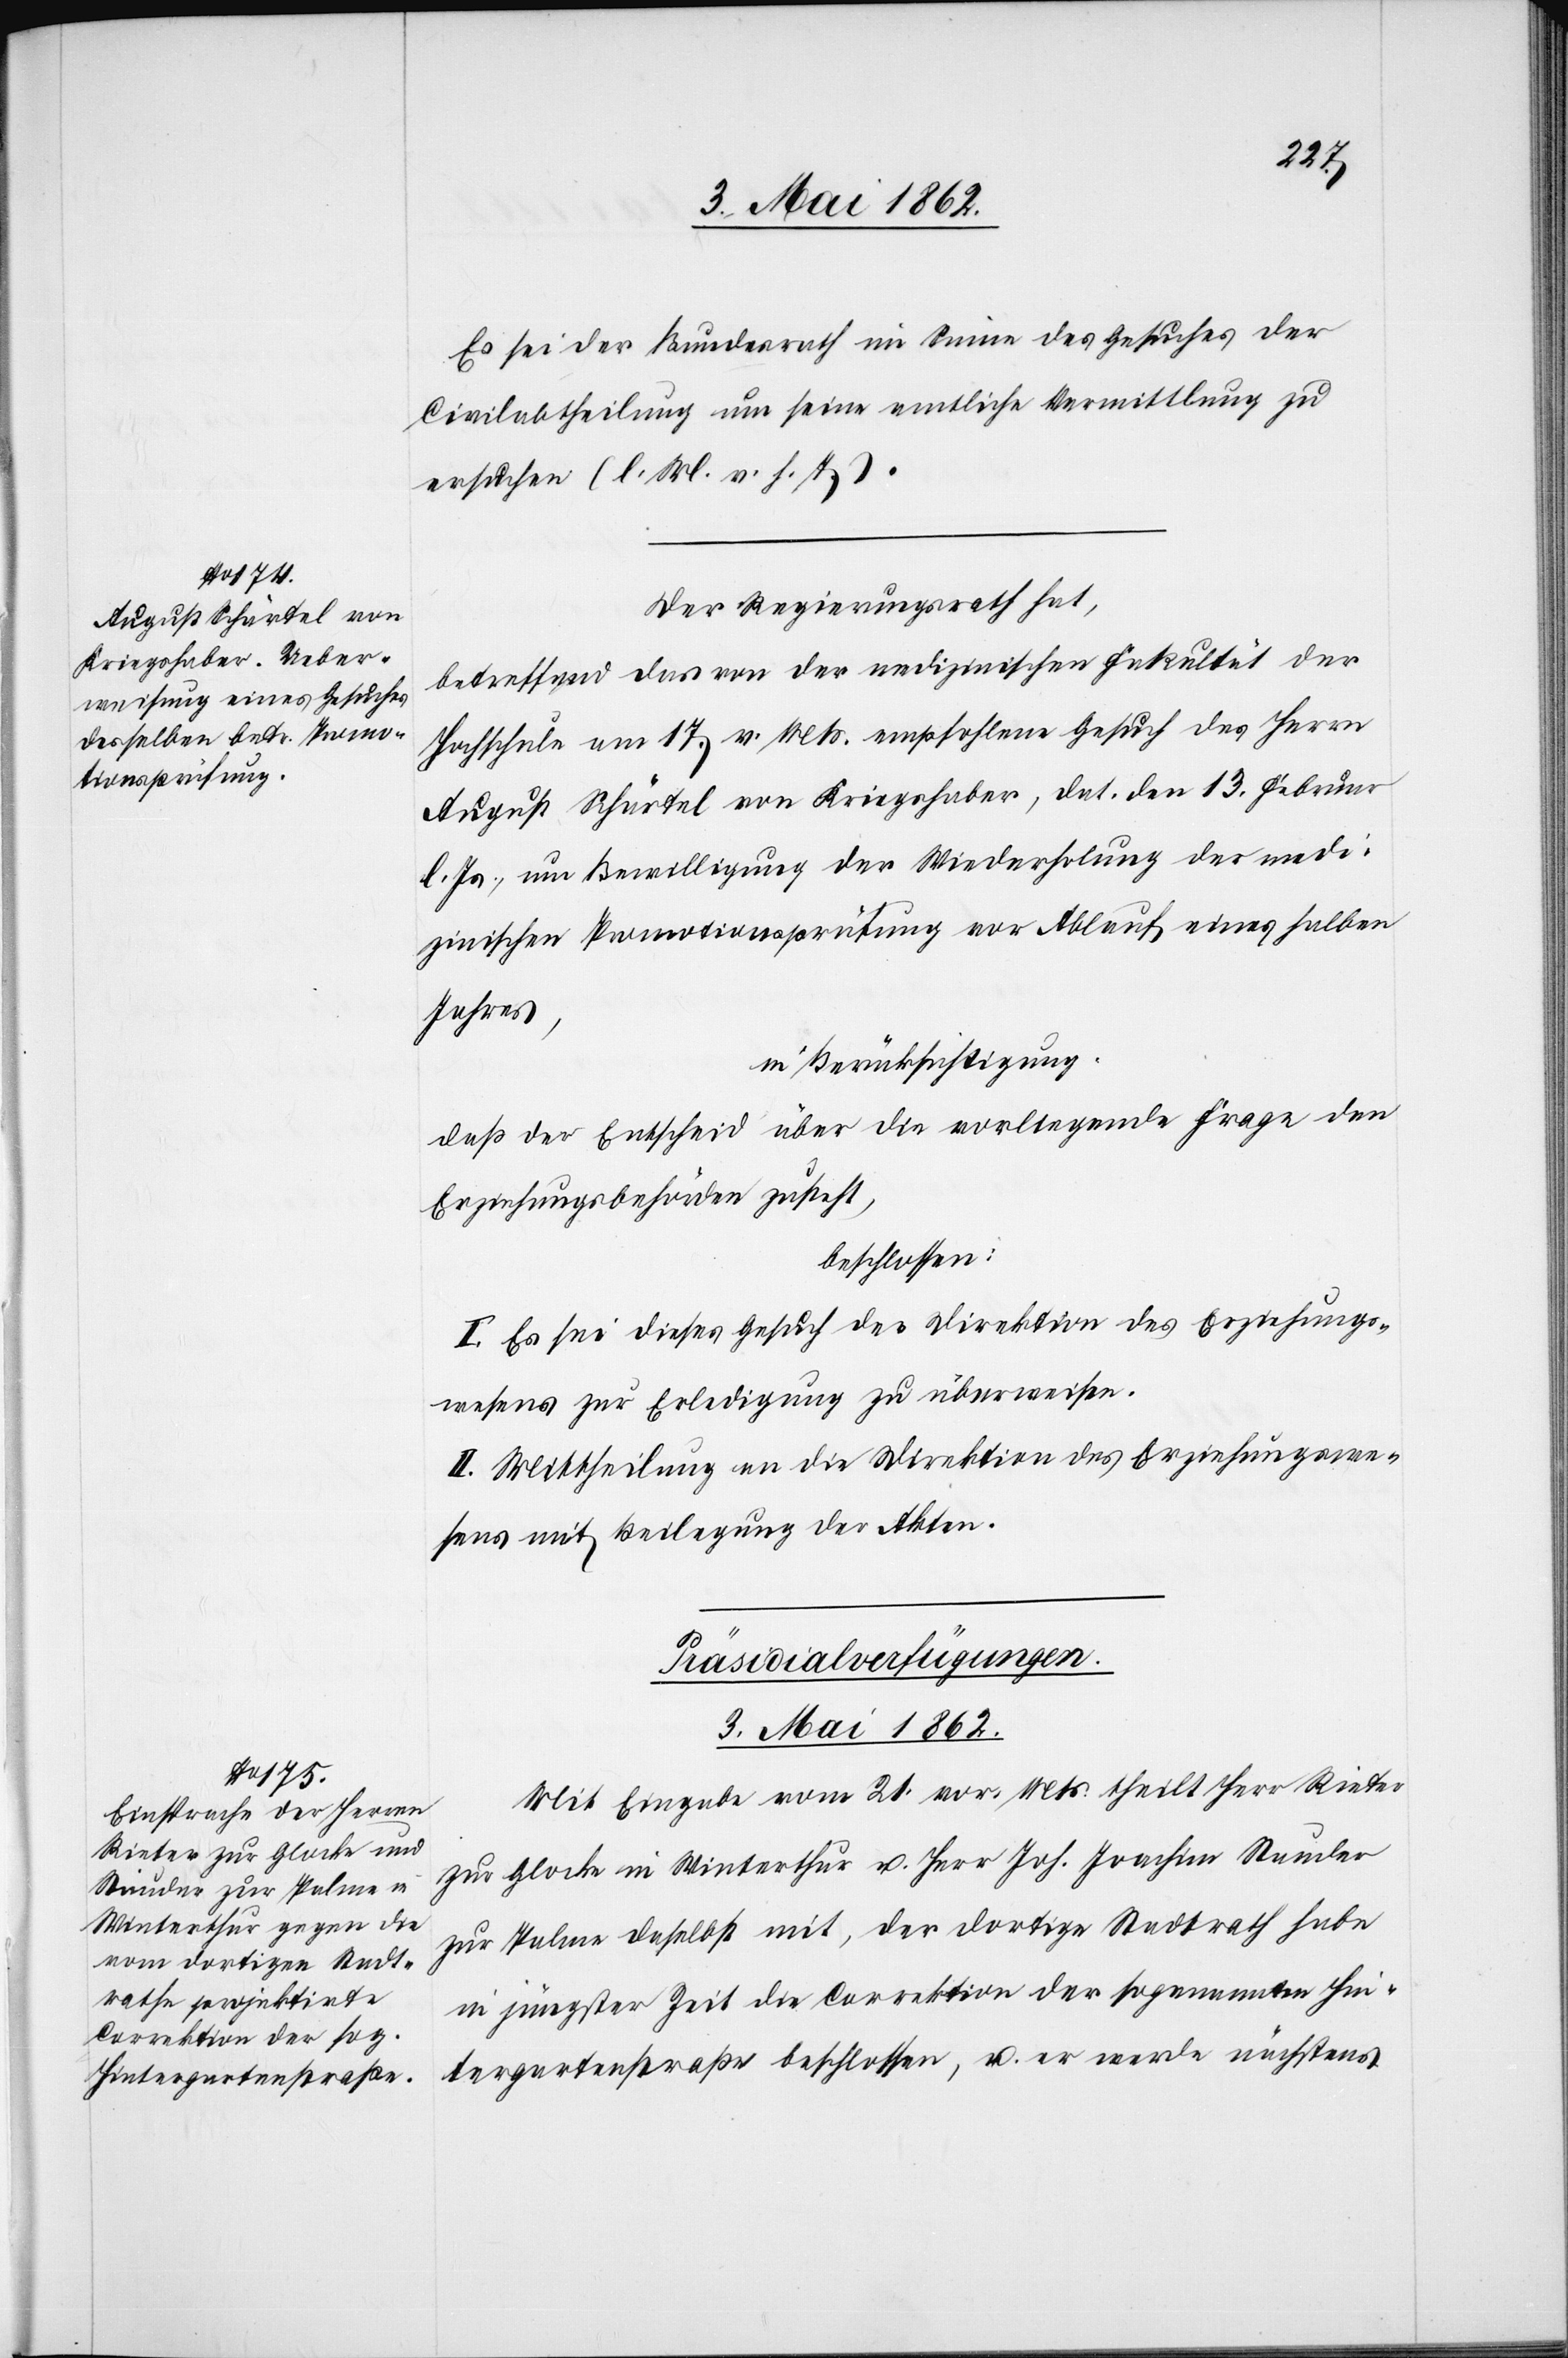
Es sei der Bundesrath im Sinne des Gesuches der
Civilabtheilung um seine amtliche Vermittlung zu
ersuchen (l. M. v. H. T.).
Der Regierungsrath hat,
betreffend das von der medizinischen Fakultät der
Hochschule am 17. v. Mts. empfohlene Gesuch des Herrn
August Schärtel von Kriegshaber, dat. den 13. Februar
l. Js., um Bewilligung der Wiederholung der medi¬
zinischen Promotionsprüfung vor Ablauf eines halben
Jahres,
in Berücksichtigung
daß der Entscheid über die vorliegende Frage den
Erziehungsbehörden zusteht,
beschlossen:
I. Es sei dieses Gesuch der Direktion des Erziehungs¬
wesens zur Erledigung zu überweisen.
II. Mittheilung an die Direktion des Erziehungswe¬
sens mit Beilegung der Akten.
Präsidialverfügungen.
3. Mai 1862.
Mit Eingabe vom 21. vor. Mts. theilt Herr Rieter
zur Glocke in Winterthur u. Herr Joh. Joachim Stauder
zur Palme daselbst mit, der dortige Stadtrath habe
in jüngster Zeit die Correktion der sogenannten Hin¬
tergartenstraße beschlossen, u. er werde nächstens